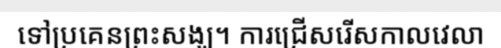
ទៅប្រគេនព្រះសង្ឃ។ ការជ្រើសរើសកាលវេលា